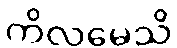
ကိလမေသိ